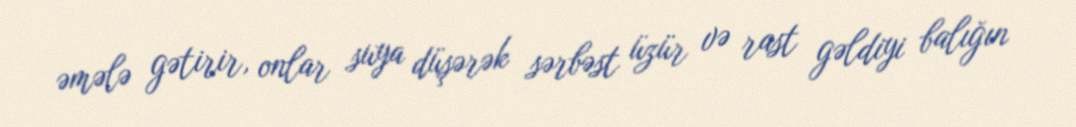
əmələ gətirir, onlar suya düşərək sərbəst üzür və rast gəldiyi balığın